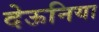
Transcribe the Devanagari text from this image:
देऊनिया